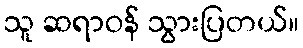
သူ ဆရာဝန် သွားပြတယ်။